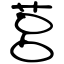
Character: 莒